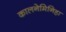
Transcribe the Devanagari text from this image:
कालनेमिनिहा